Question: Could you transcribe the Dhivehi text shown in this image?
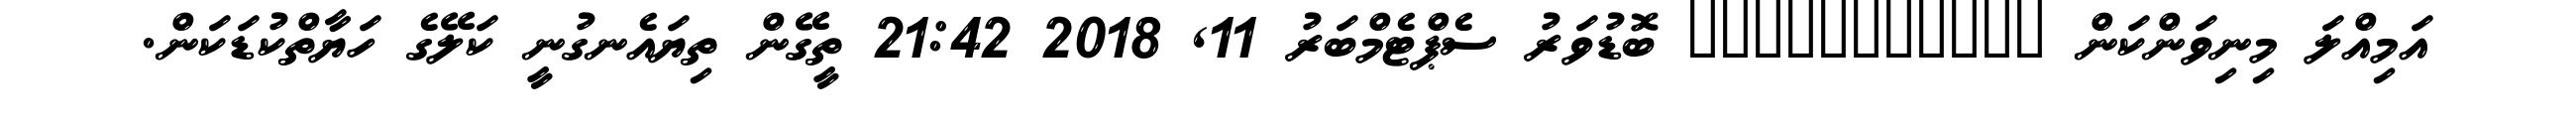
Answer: އަމިއްލަ މިނިވަންކަން ??????????? ބޮޑުވަރު ސެޕްޓެމްބަރު 11, 2018 21:42 ތީގޭން ތިޔައެނގުނީ ކަލޭގެ ހަޔާތްކުޑަކަން.